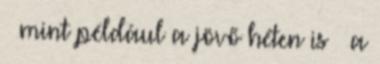
– mint például a jövő héten is – a